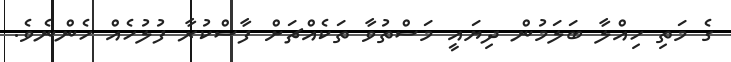
ގެ މަތި ހިއްލާ ބަލަމުން ދިޔައީ މަސްތުވާ ތަކެއްޗަށް ފާސްކުރާ ފުލުހެއް ހެންނެވެ.